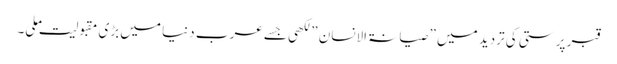
قبر پرستی کی تردید میں ” صیانۃ الانسان ” لکھی جسے عرب دنیا میں بڑی مقبولیت ملی۔